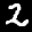
Label: 2